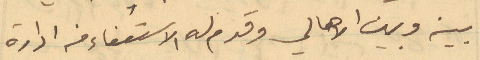
بينه وبين الأهالي وقدم له الاستعفاء من إدارة